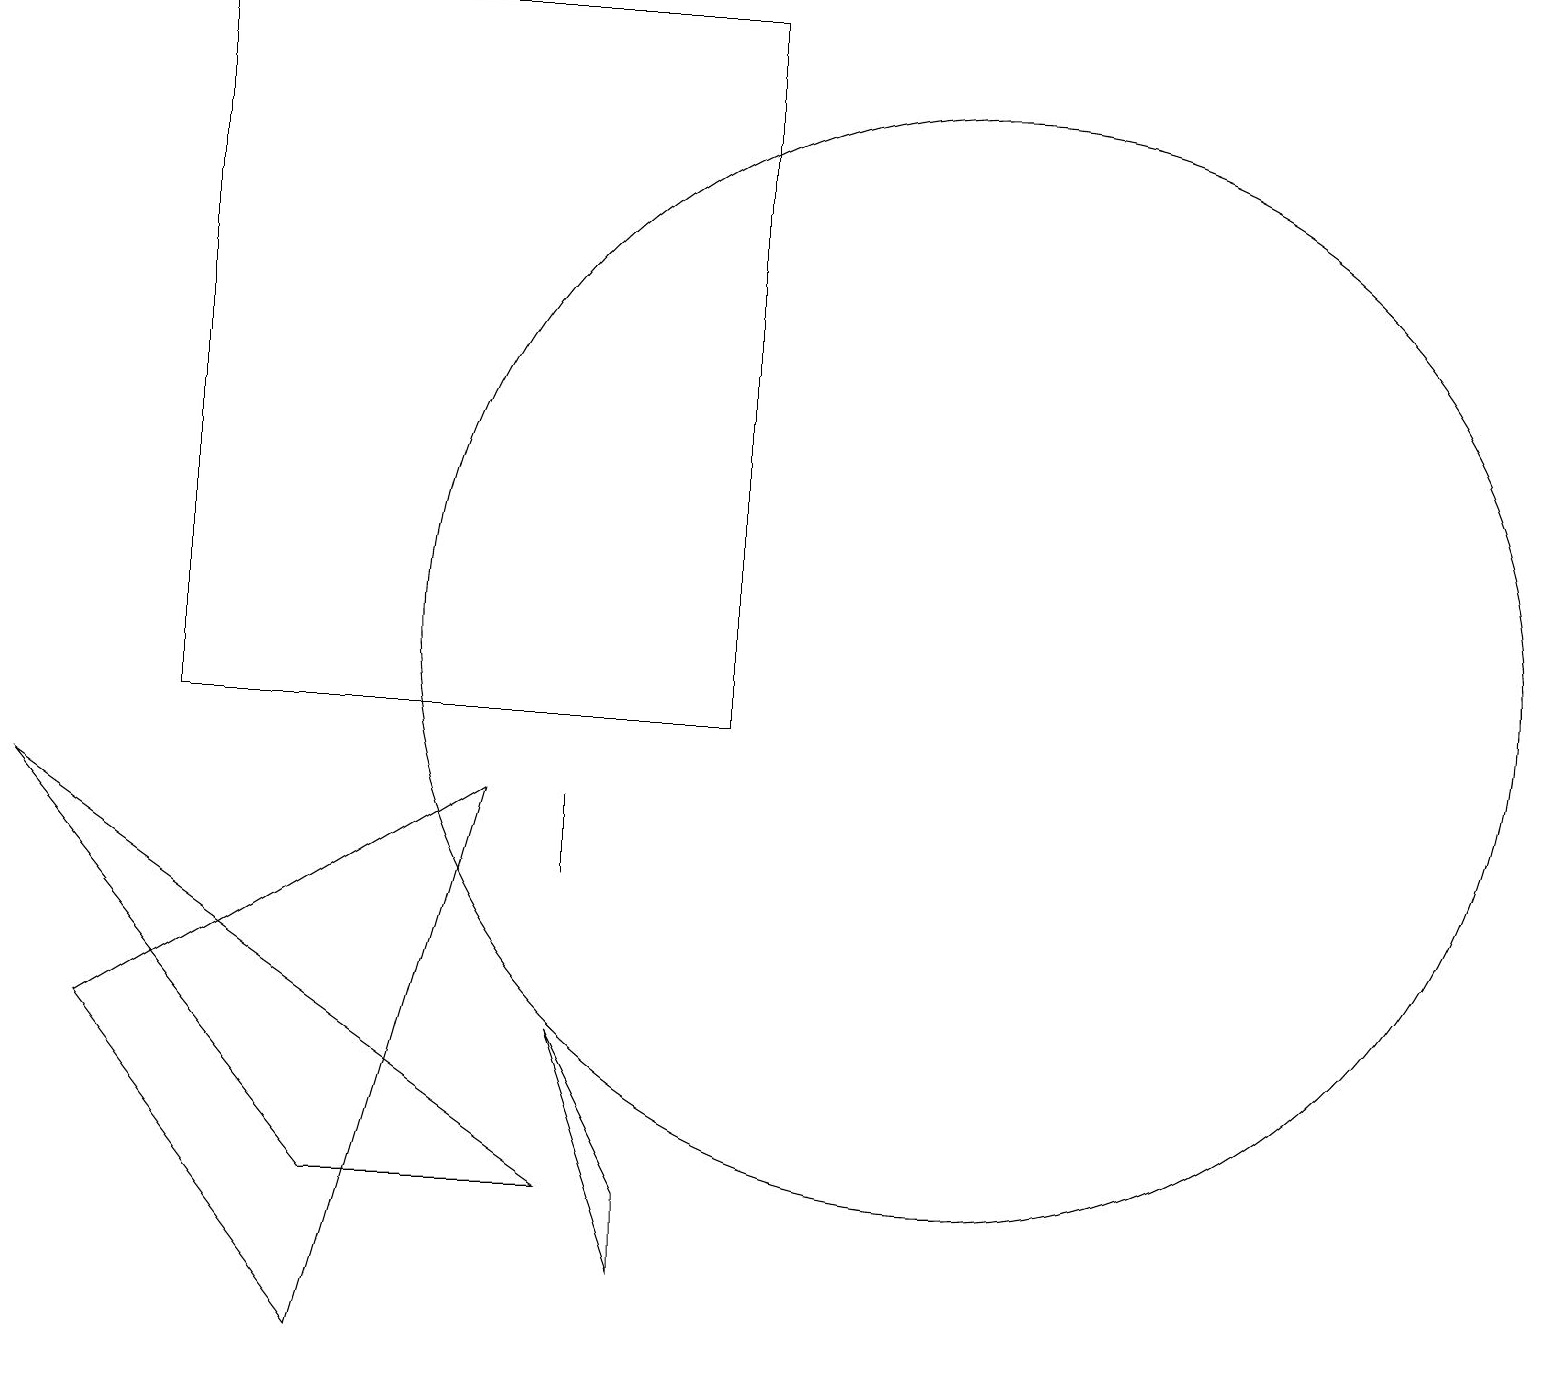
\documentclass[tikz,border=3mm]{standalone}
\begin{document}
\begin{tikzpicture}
\draw (7,6) -- (8,3) -- (8,4) -- cycle;
\draw (12,11) circle (7);
\draw (1,6) -- (4,2) -- (6,9) -- cycle;
\draw (7,8) -- (7,9) -- (7,9) -- cycle;
\draw (2,10) rectangle (9,19);
\draw (0,9) -- (4,4) -- (7,4) -- cycle;
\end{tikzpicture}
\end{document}